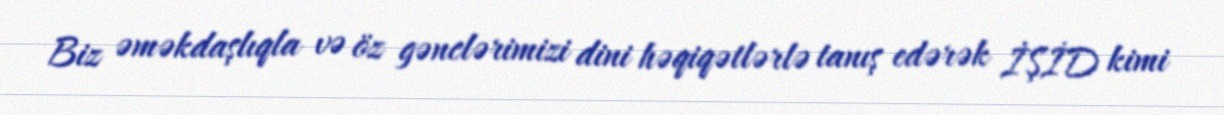
Biz əməkdaşlıqla və öz gənclərimizi dini həqiqətlərlə tanış edərək İŞİD kimi